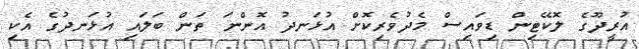
އުރީދޫގެ ލޮކޭޓިން ޑިވައިސް މެދުވެރިކޮށް އުޅަނދު އޮންނަ ތަން ބަލައި އުޅަނދުގެ އެކި